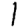
Digit: 1